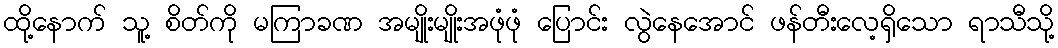
ထို့နောက် သူ့ စိတ်ကို မကြာခဏ အမျိုးမျိုးအဖုံဖုံ ပြောင်း လွဲနေအောင် ဖန်တီးလေ့ရှိသော ရာသီသို့